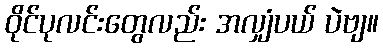
ဝိုင်ပုလင်းတွေလည်း အလျှံပယ် ပဲဗျ။